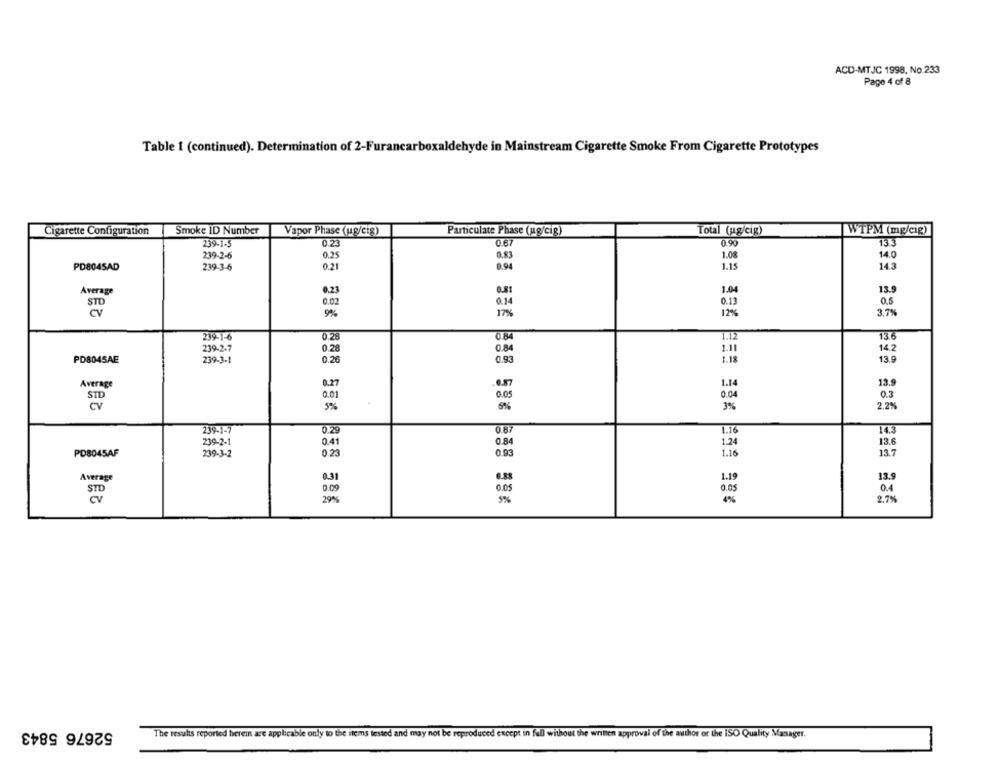
ACD-MTJC 1998, No 233
Page 4 of 8
Table 1 (continued). Determination of 2-Furancarboxaldehyde in Mainstream Cigarette Smoke From Cigarette Prototypes
Cigarette Configuration
Smoke ID Number
Vapor Phase (ug/cig)
Particulate Phase (ug/cig)
Total (ug/cig)
WTPM (mg/cif)
239-1-3
0.67
0.90
13.3
239-2-6
0.25
0.83
1.08
14.0
PD804SAD
239-3-6
0.21
0.94
1.15
14.3
Average
13.9
0.23
0.81
1.04
STD
0.02
0.14
0.13
9%
17%
3.7%
239-1-6
0.28
0.84
136
1.12
239-2-7
0.28
0.84
1.11
14.2
PD8045AE
0.26
0.93
13.9
239-3-1
1.18
13.9
Average
0.27
1.14
0.01
0.05
0.04
0.3
2.2%
CV
5%
3%
239-1-7
0.29
0.87
1.16
23-2-1
0.41
0.84
1.24
13.6
PD8045AF
239-3-2
0.23
0.93
1.16
13.7
Average
031
13.9
0.4
STD
0.09
cv
29%
5%
2.7%
52676 5843
The results reported herein are applicable only to the items tested and may not be reproduced except in full without the written approval of the author or the ISO Quality Manager.